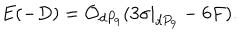
E ( - D ) = { \cal O } _ { d P _ { 9 } } ( 3 \sigma | _ { d P _ { 9 } } - 6 F ) .